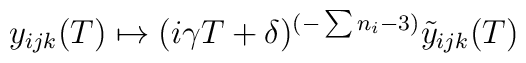
y_{ijk}(T) \mapsto(i\gamma T+\delta)^{(-\sum n_i -3)} \tilde{y}_{ijk}(T)